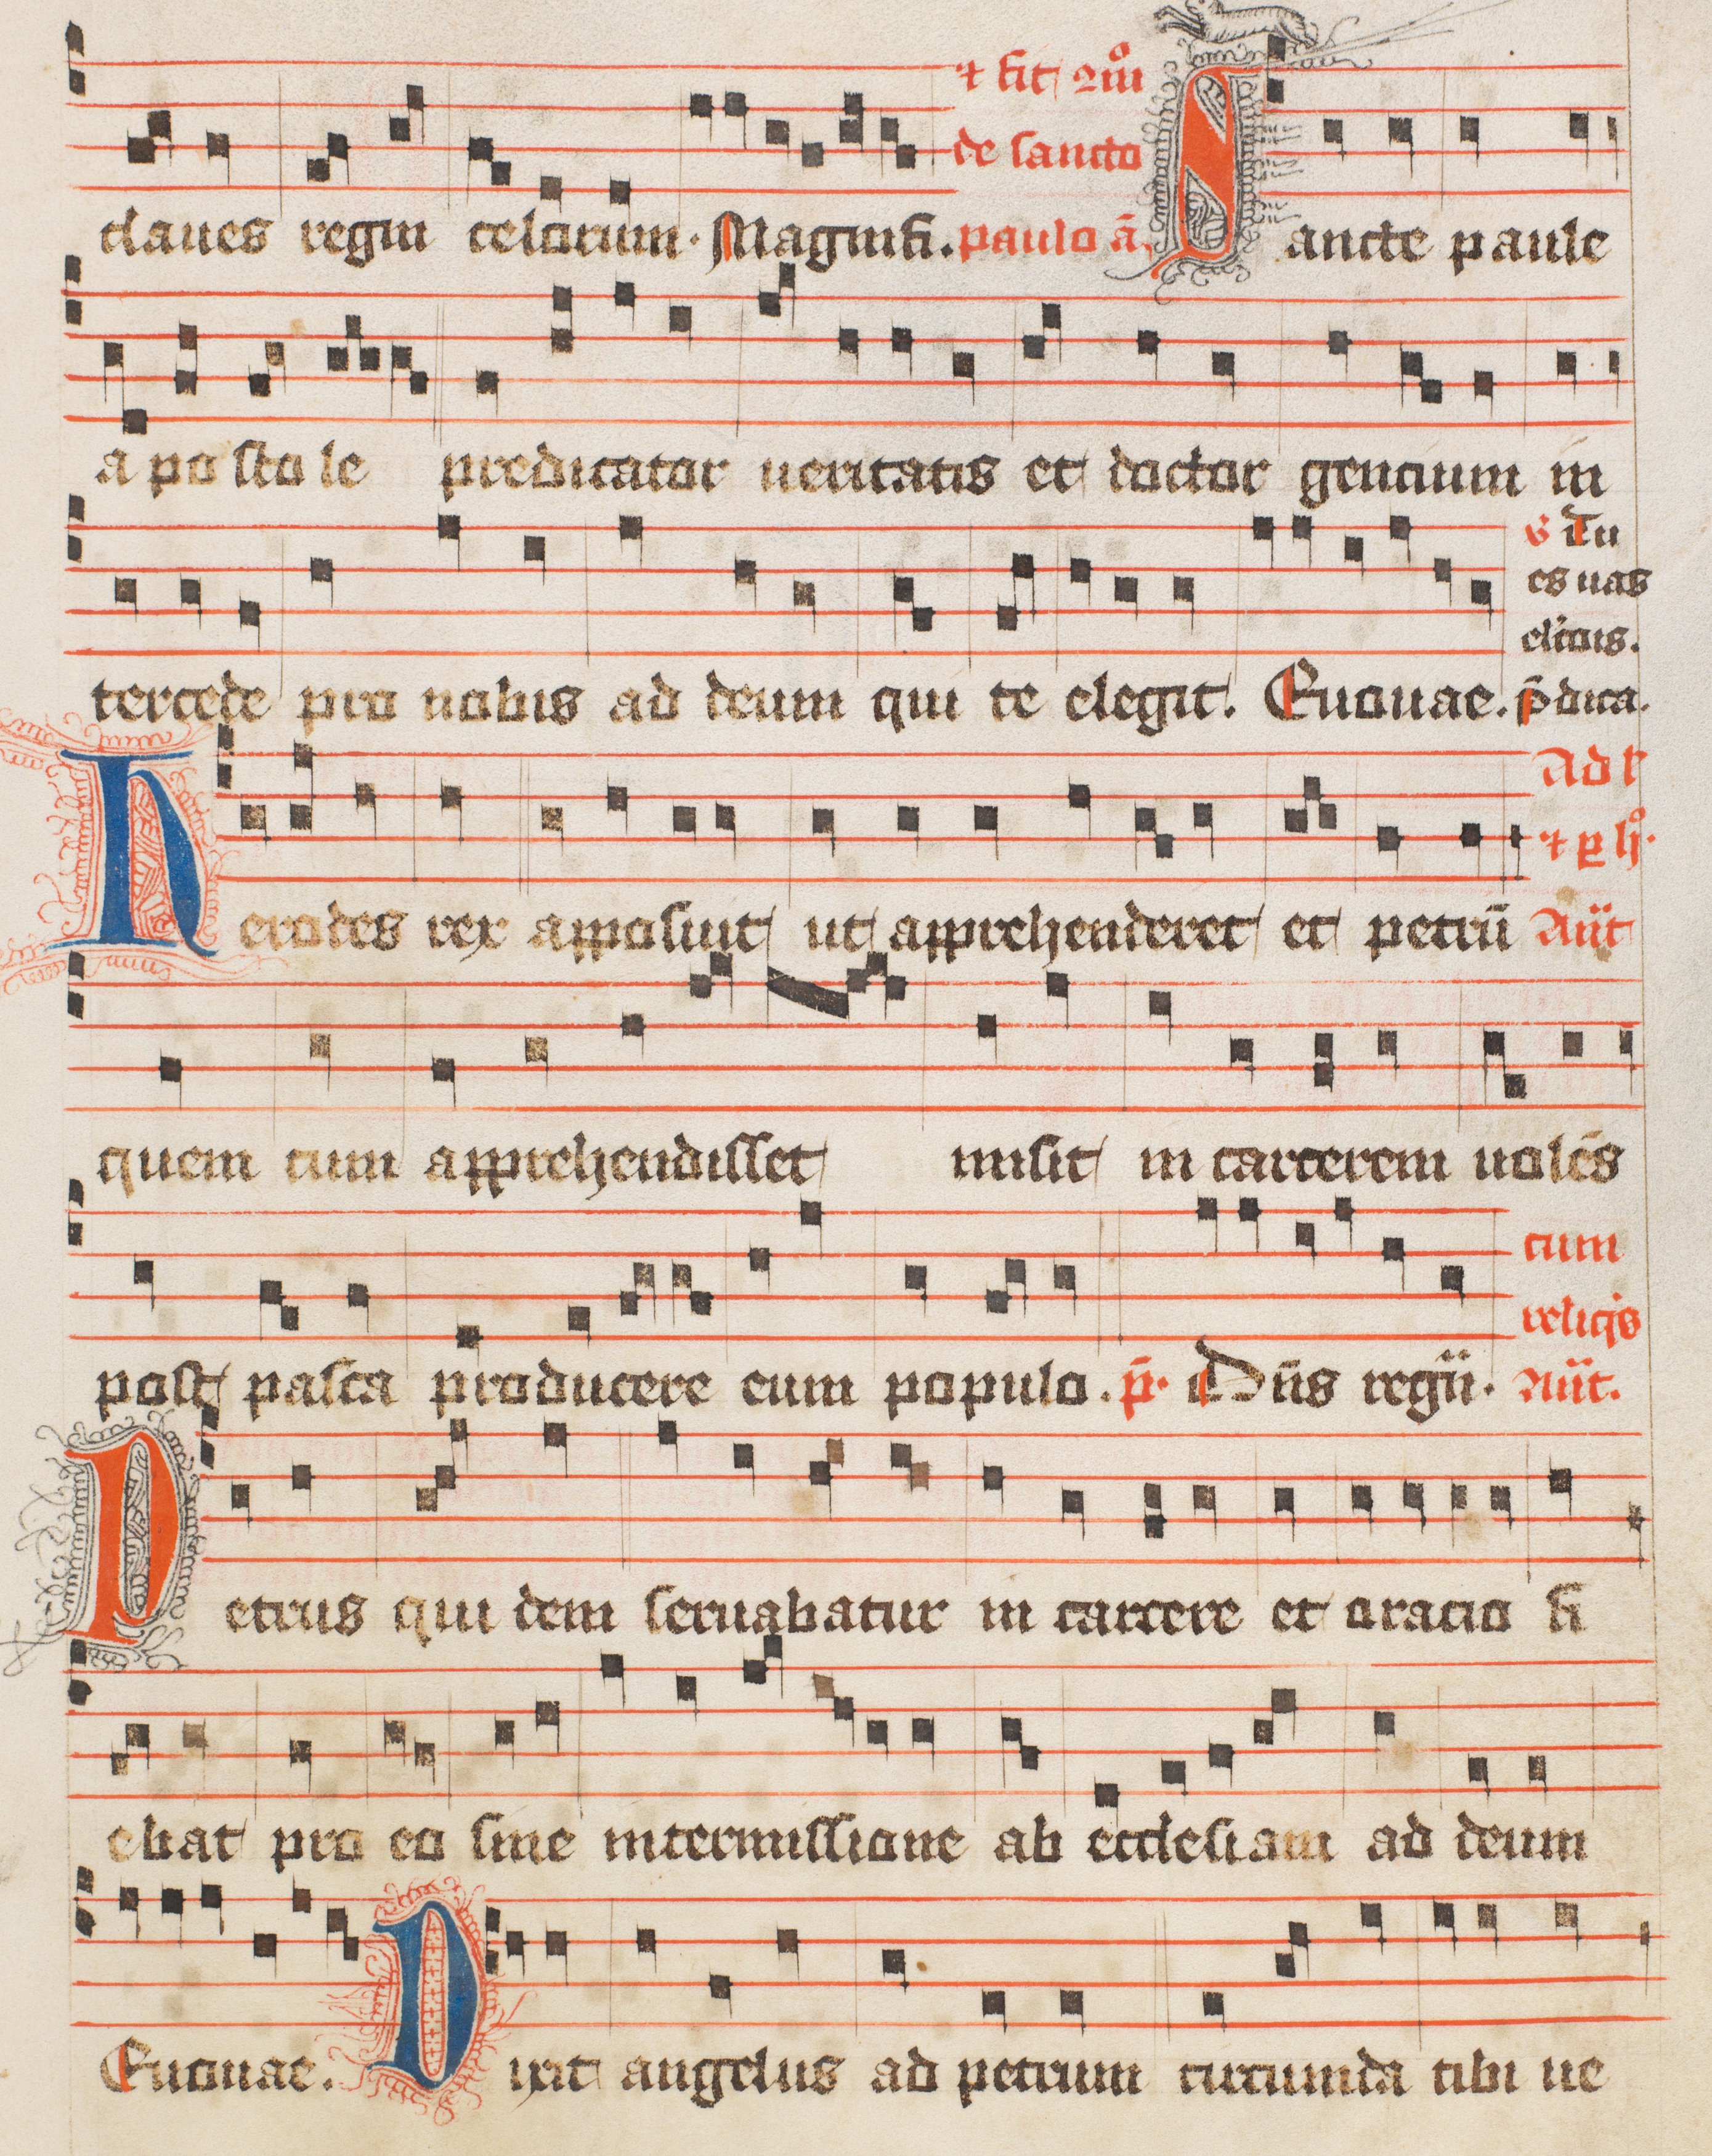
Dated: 1488–1488